Annual administration report of the Civil Veterinary Department of India - 1895-1896
Year: 1895
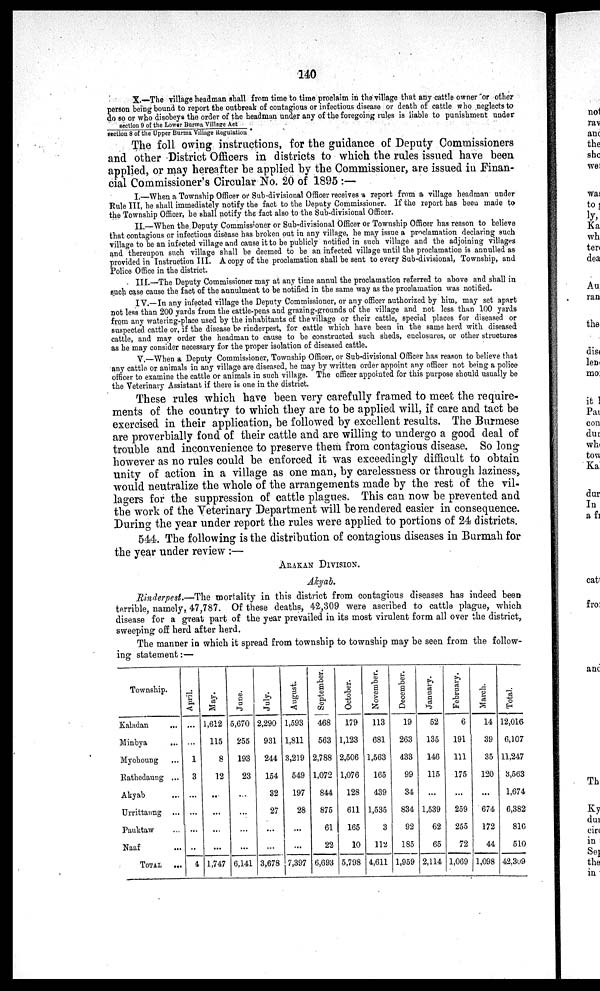
140
X.—The village headman shall from time to time proclaim in the village that any cattle owner or other
person being bound to report the outbreak of contagious or infectious disease or death of cattle who neglects to
do so or who disobeys the order of the headman under any of the foregoing rules is liable to punishment under
section 9 of the Lower Burma Village Act
section 8 of the Upper Burma Village Regulation
The foll owing instructions, for the guidance of Deputy Commissioners
and other District Officers in districts to which the rules issued have been
applied, or may hereafter be applied by the Commissioner, are issued in Finan-
cial Commissioner's Circular No. 20 of 1895:—
I.—When a Township Officer or Sub-divisional Officer receives a report from a village headman under
Rule III, he shall immediately notify the fact to the Deputy Commissioner. If the report has been made to
the Township Officer, he shall notify the fact also to the Sub-divisional Officer.
II.—When the Deputy Commissioner or Sub-divisional Officer or Township Officer has reason to believe
that contagious or infectious disease has broken out in any village, he may issue a proclamation declaring such
village to be an infected village and cause it to be publicly notified in such village and the adjoining villages
and thereupon such village shall be deemed to be an infected village until the proclamation is annulled as
provided in Instruction III. A copy of the proclamation shall be sent to every Sub-divisional, Township, and
Police Office in the district.
III.—The Deputy Commissioner may at any time annul the proclamation referred to above and shall in
such case cause the fact of the annulment to be notified in the same way as the proclamation was notified.
IV.—In any infected village the Deputy Commissioner, or any officer authorized by him, may set apart
not less than 200 yards from the cattle-pens and grazing-grounds of the village and not less than 100 yards
from any watering-place used by the inhabitants of the village or their cattle, special places for diseased or
suspected cattle or, if the disease be rinderpest, for cattle which have been in the same herd with diseased
cattle, and may order the headman to cause to be constructed such sheds, enclosures, or other structures
as he may consider necessary for the proper isolation of diseased cattle.
V.—When a Deputy Commissioner, Township Officer, or Sub-divisional Officer has reason to believe that
any cattle or animals in any village are diseased, he may by written order appoint any officer not being a police
officer to examine the cattle or animals in such village. The officer appointed for this purpose should usually be
the Veterinary Assistant if there is one in the district.
These rules which have been very carefully framed to meet the require-
ments of the country to which they are to be applied will, if care and tact be
exercised in their application, be followed by excellent results. The Burmese
are proverbially fond of their cattle and are willing to undergo a good deal of
trouble and inconvenience to preserve them from contagious disease. So long
however as no rules could be enforced it was exceedingly difficult to obtain
unity of action in a village as one man, by carelessness or through laziness,
would neutralize the whole of the arrangements made by the rest of the vil-
lagers for the suppression of cattle plagues. This can now be prevented and
the work of the Veterinary Department will be rendered easier in consequence.
During the year under report the rules were applied to portions of 24 districts.
544. The following is the distribution of contagious diseases in Burmah for
the year under review:—
ARAKAN DIVISION.
Akyab.
Rinderpest.—The mortality in this district from contagious diseases has indeed been
terrible, namely, 47,787. Of these deaths, 42,309 were ascribed to cattle plague, which
disease for a great part of the year prevailed in its most virulent form all over the district,
sweeping off herd after herd.
The manner in which it spread from township to township may be seen from the follow-
ing statement:—
Township.
Kaladan
...
Minbya ...
Myohoung ...
Rathedaung ...
Akyab ...
Urrittaung ...
Pauktaw ...
Naaf ...
TOTAL ...
April.
...
...
1
3
...
...
...
...
4
May.
1,612
115
8
12
...
...
...
...
1,747
June.
5,670
255
193
23
...
...
...
...
6,141
July.
2,290
931
244
154
32
27
...
...
3,678
August.
1,593
1,811
3,219
549
197
28
...
...
7,397
September.
468
563
2,788
1,072
844
875
61
22
6,693
October.
179
1,123
2,506
1,076
128
611
165
10
5,798
November.
113
681
1,563
165
439
1,535
3
112
4,611
December.
19
263
433
99
34
834
92
185
1,959
January.
52
135
146
115
...
1,539
62
65
2,114
February.
6
191
111
175
...
259
255
72
1,069
March.
14
39
35
120
...
674
172
44
1,098
Total.
12,016
6,107
11,247
3,563
1,674
6,382
810
510
42,309